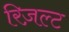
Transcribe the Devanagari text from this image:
रिज़ल्ट